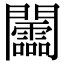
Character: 𨷰